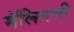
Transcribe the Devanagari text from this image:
मॅलिनची